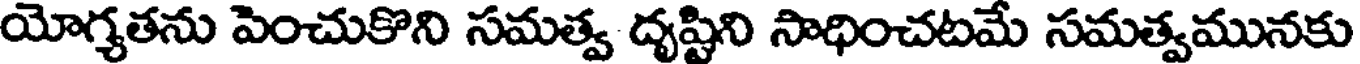
యోగ్యతను పెంచుకొని సమత్వ దృష్టిని సాధించటమే సమత్వమునకు